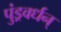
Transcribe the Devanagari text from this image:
पुंड्रवर्धन्